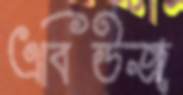
এবিউজ